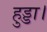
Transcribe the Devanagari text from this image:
हुड्डा।